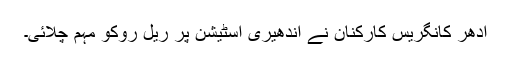
ادھر کانگریس کارکنان نے اندھیری اسٹیشن پر ریل روکو مہم چلائی۔